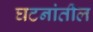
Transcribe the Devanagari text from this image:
घटनांतील